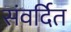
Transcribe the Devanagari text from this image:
संवर्दित